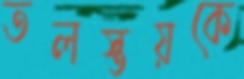
তলস্তয়কে